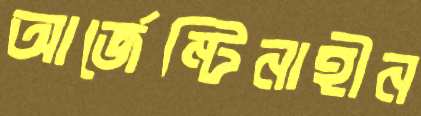
আর্জেন্টিনাহীন